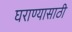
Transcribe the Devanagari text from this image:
घराण्यासाठी